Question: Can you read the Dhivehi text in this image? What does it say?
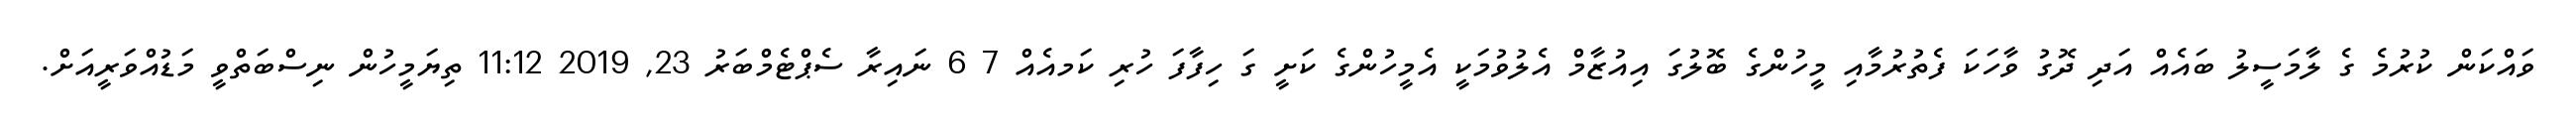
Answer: ވައްކަން ކުރުމެ ގެ ލާމަސީލު ބައެއް އަދި ދޮގު ވާހަކަ ފެތުރުމާއި މީހުންގެ ބޮލުގަ އިއުޒާމް އެލުވުމަކީ އެމީހުންގެ ކަށީ ގަ ހިފާފަ ހުރި ކަމއެއް 7 6 ނައިރާ ސެޕްޓެމްބަރު 23, 2019 11:12 ތިޔަމީހުން ނިސްބަތްވީ މަޑުއްވަރީއަށް.